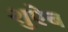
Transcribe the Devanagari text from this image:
शुऐब